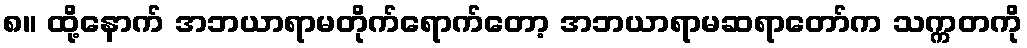
၈။ ထို့နောက် အဘယာရာမတိုက်ရောက်တော့ အဘယာရာမဆရာတော်က သက္ကတကို